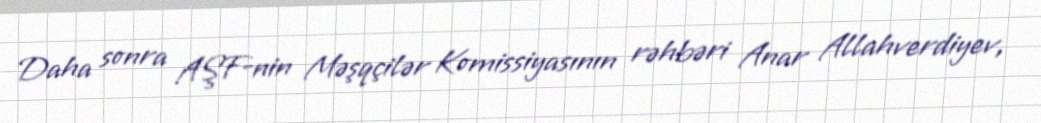
Daha sonra AŞF-nin Məşqçilər Komissiyasının rəhbəri Anar Allahverdiyev,